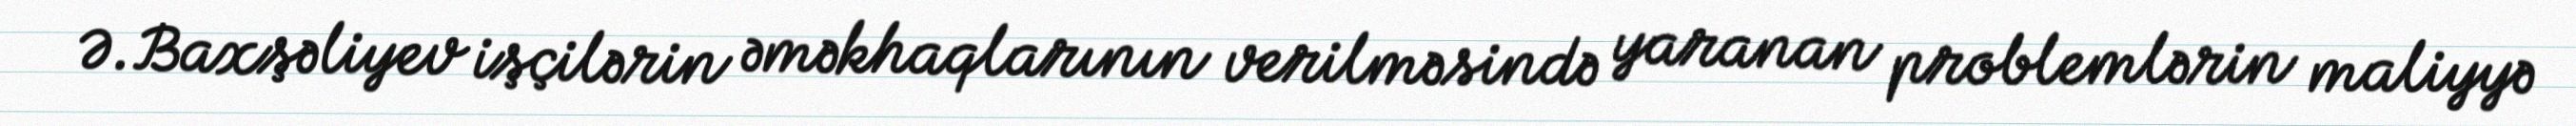
Ə.Baxşəliyev işçilərin əməkhaqlarının verilməsində yaranan problemlərin maliyyə